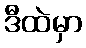
ဒီထဲမှာ